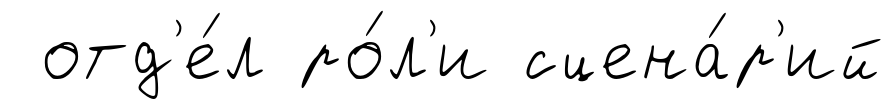
отд'е́л ро́л'и сцена́р'ий